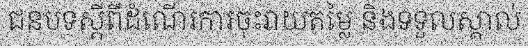
ជនបទស្តីពីដំណើរការចុះវាយតម្លៃ និងទទួលស្គាល់